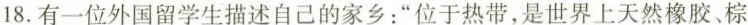
18.有一位外国留学生描述自己的家乡：”位于热带，是世界上天然橡胶、棕